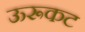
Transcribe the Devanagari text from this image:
ऊरूकट